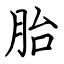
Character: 胎